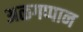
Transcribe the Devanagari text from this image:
अळगप्पान